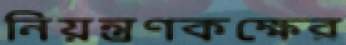
নিয়ন্ত্রণকক্ষের